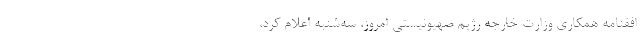
افقنامه همکاری وزارت خارجه رژیم صهیونیستی امروز، سه‌شنبه اعلام کرد،